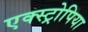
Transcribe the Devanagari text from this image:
एक्स्ट्रोपिया